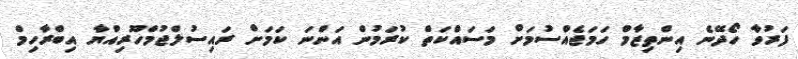
ފަރުވާ ހޯދޭނެ އިންތިޒާމް ހަމަޖެއްސުމަށް މަސައްކަތް ކުރަމުން އަންނަ ކަމަށް ރައިސުލްޖުމްހޫރިއްޔާ އިބްރާހިމް